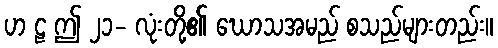
ဟ ဠ ဤ ၂၁- လုံးတို့၏ ဃောသအမည် စသည်များတည်း။